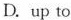
D. up to